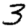
Digit: 3